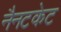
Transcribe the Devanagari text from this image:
नैनटकेट